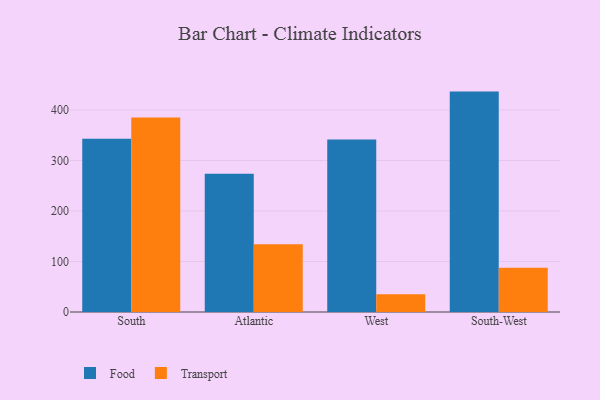
{"axis": {"x": "Region", "y": "LTV (USD)"}, "legend": ["Food", "Transport"], "data": [{"x": "South", "y": 343.1, "type": "Food"}, {"x": "South", "y": 385.1, "type": "Transport"}, {"x": "Atlantic", "y": 273.8, "type": "Food"}, {"x": "Atlantic", "y": 134.2, "type": "Transport"}, {"x": "West", "y": 341.5, "type": "Food"}, {"x": "West", "y": 35.2, "type": "Transport"}, {"x": "South-West", "y": 436.4, "type": "Food"}, {"x": "South-West", "y": 87.4, "type": "Transport"}]}